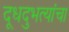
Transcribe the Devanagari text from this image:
दूधदुभत्यांचा